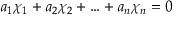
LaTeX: a _ { 1 } \chi _ { 1 } + a _ { 2 } \chi _ { 2 } + \ldots + a _ { n } \chi _ { n } = 0